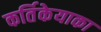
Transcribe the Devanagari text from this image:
कर्तिकेयाका